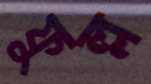
ফুল্ল